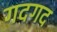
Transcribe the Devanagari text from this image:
गदगद